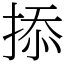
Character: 掭